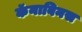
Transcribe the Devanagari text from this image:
कॅनाबिनस